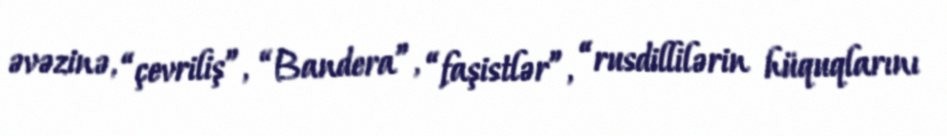
əvəzinə, “çevriliş”, “Bandera”, “faşistlər”, “rusdillilərin hüquqlarını